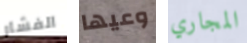
الفشار وعيها المجاري